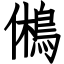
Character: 鵂